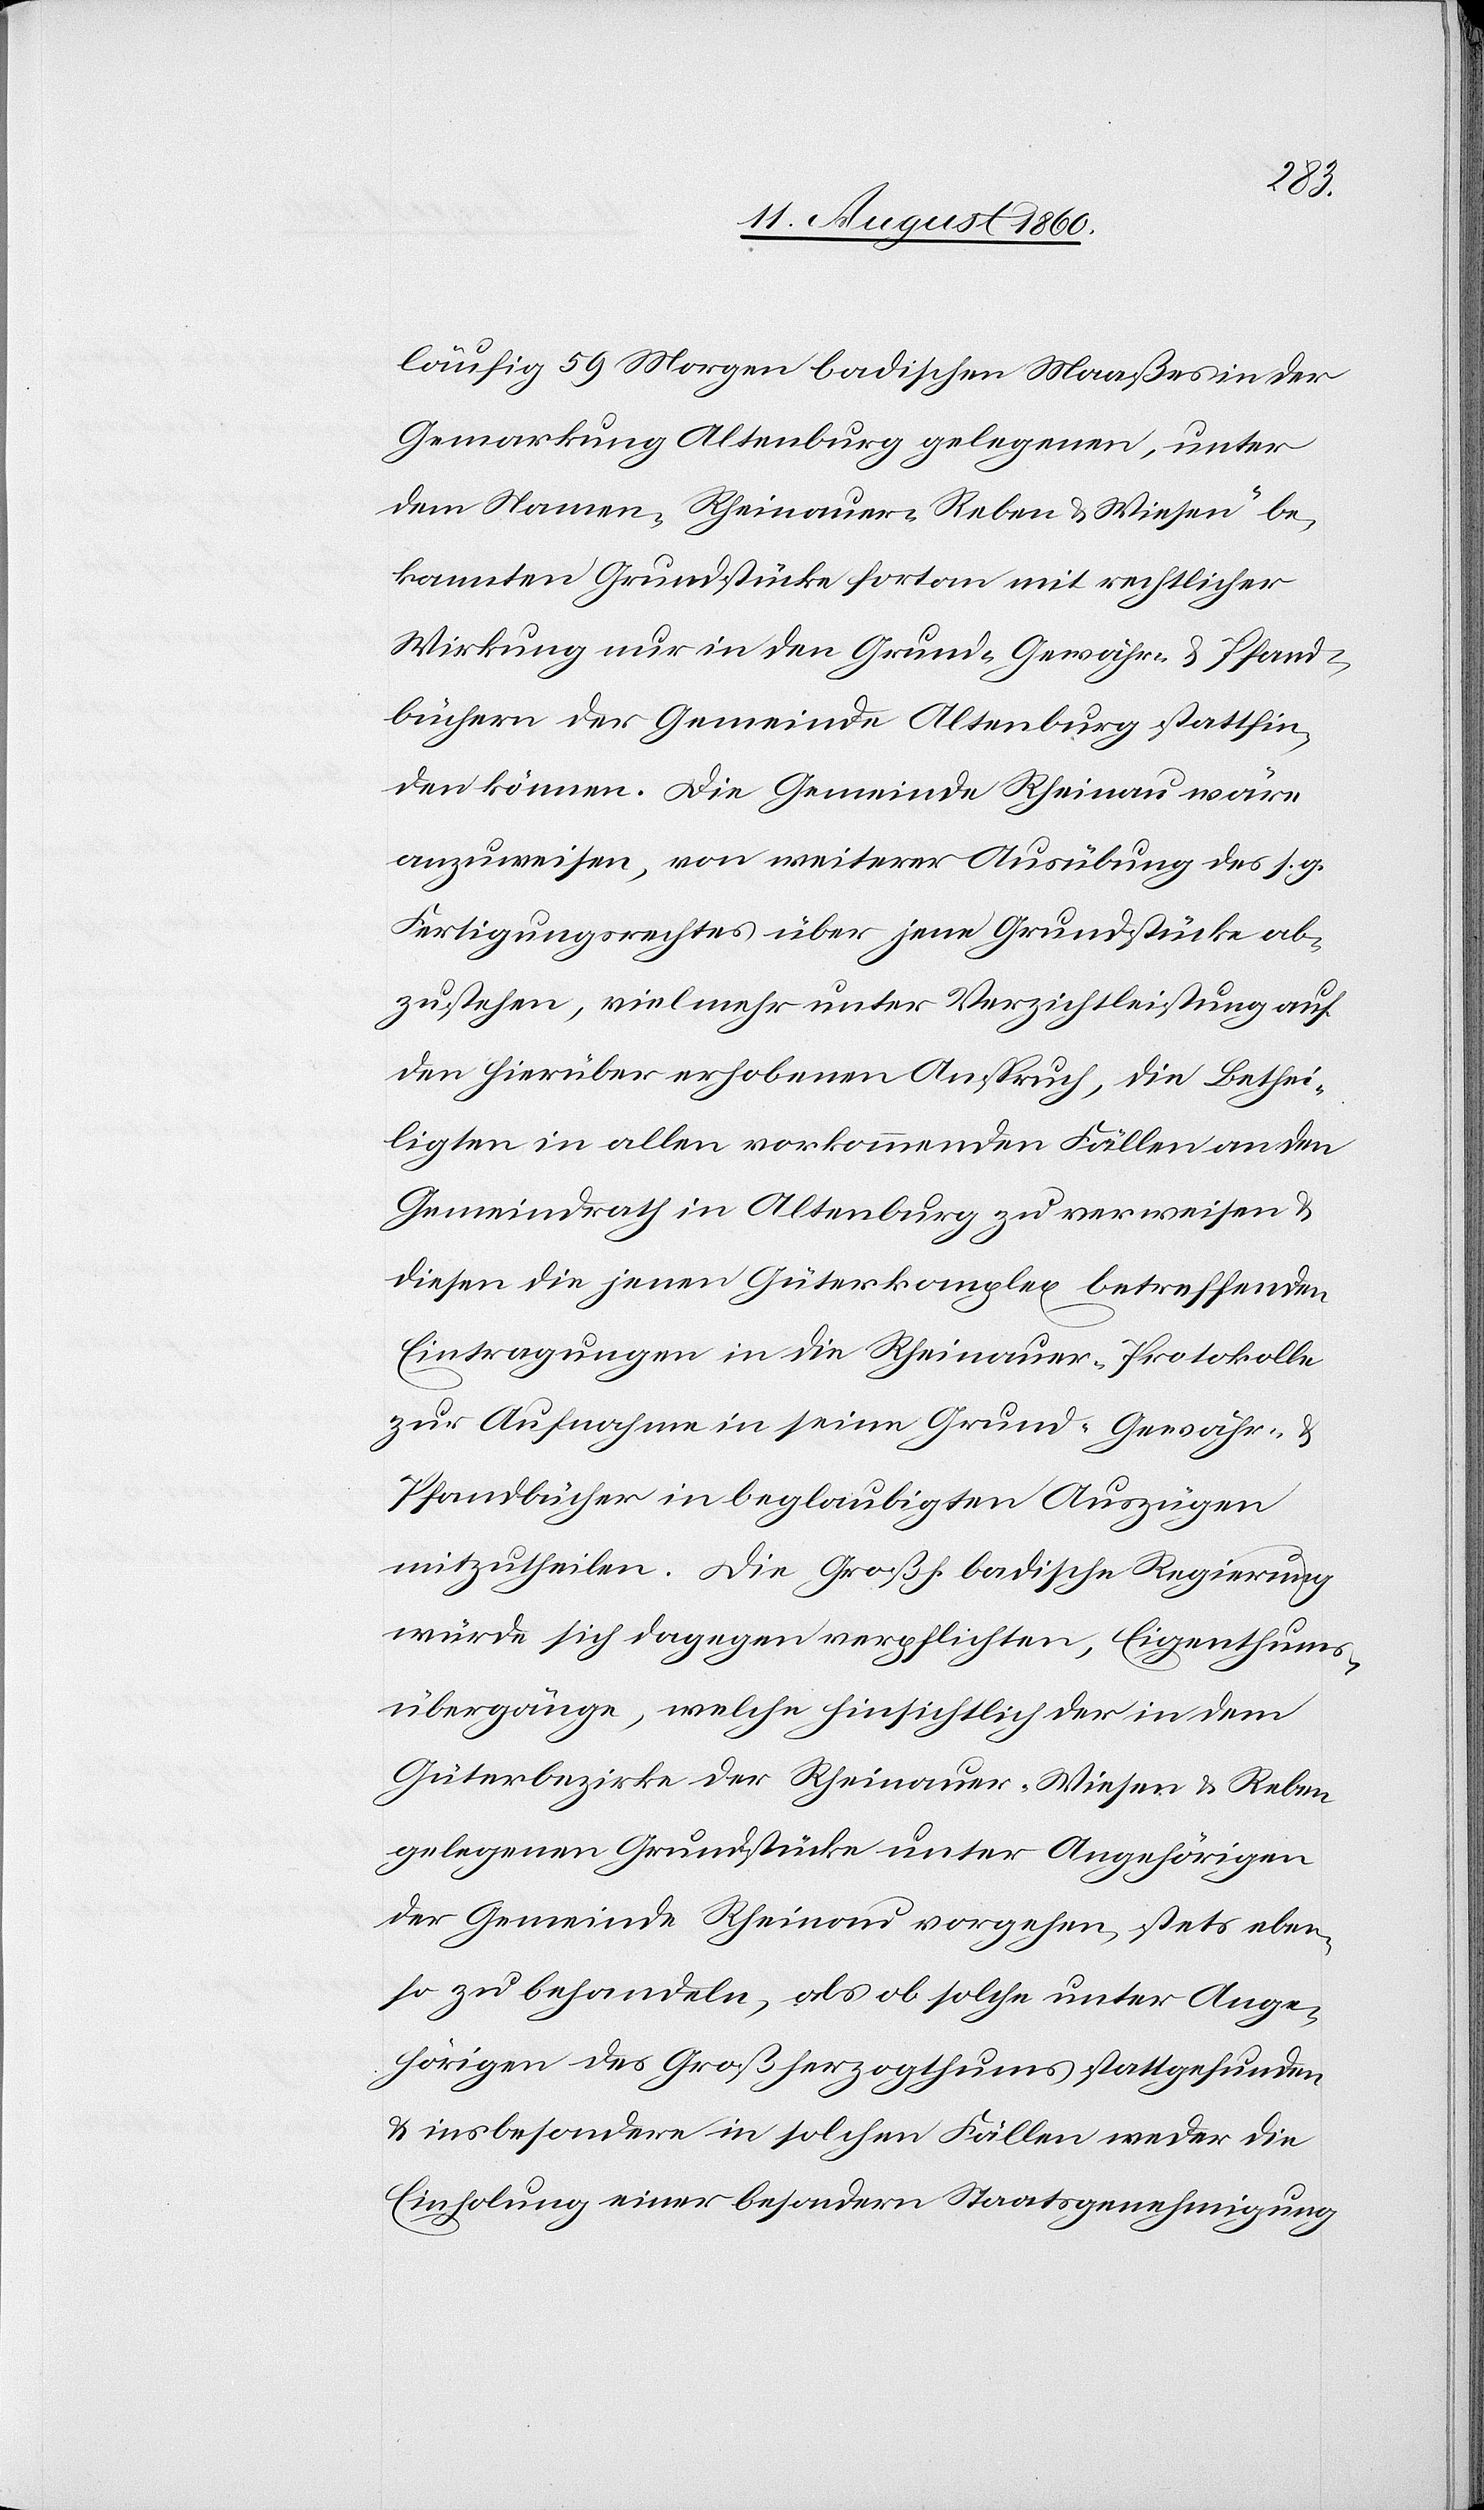
den
läufig 59 Morgen Badischen Maasses in der
Gemarkung Altenburg gelegenen, unter
dem Namen „Rheinauer-Reben u. Wiesen“ be¬
kannten Grundstücke fortan mit rechtlicher
Wirkung nur in den Grund- Gewähr- u. Pfand¬
büchern der Gemeinde Altenburg stattfin¬
den können. Die Gemeinde Rheinau wäre
anzuweisen, von weiterer Ausübung des s. g.
Fertigungsrechtes über jene Grundstücke ab¬
zustehen, vielmehr unter Verzichtleistung auf
den hierüber erhobenen Anspruch, die Bethei¬
ligung in allen vorkommenden Fällen an den
Gemeindrath in Altenburg zu verweisen und
diesen die jenen Güterkomplex betreffenden
Eintragungen in die Rheinauer-Protokolle
zur Aufnahme in seine Grund- Gewähr u.
Pfandbücher in beglaubigten Auszügen
mitzutheilen. Die Grossh. Badische Regierung
würde sich dagegen verpflichten, Eigenthums¬
übergänge, welche hinsichtlich der in dem
Güterbezirke der Rheinauer Wiesen und Reben
gelegenen Grundstücke unter Angehörigen
der Gemeinde Rheinau vorgehen, stets eben¬
so zu behandeln, als ob solche unter Ange¬
hörigen des Grossherzogthums statt gefunden
d insbesondere in solchen Fällen weder in
Einholung einer besondern Staatsgenehmigung